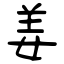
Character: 姜